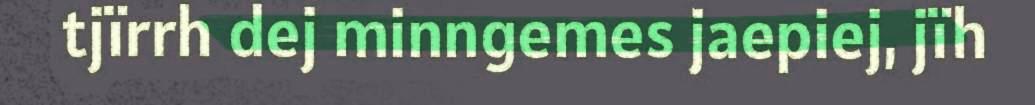
tjïrrh dej minngemes jaepiej, jïh